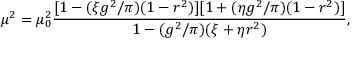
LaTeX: \mu ^ { 2 } = \mu _ { 0 } ^ { 2 } { \frac { [ 1 - ( \xi g ^ { 2 } / \pi ) ( 1 - r ^ { 2 } ) ] [ 1 + ( \eta g ^ { 2 } / \pi ) ( 1 - r ^ { 2 } ) ] } { 1 - ( g ^ { 2 } / \pi ) ( \xi + \eta r ^ { 2 } ) } } ,